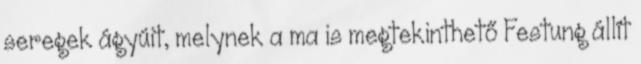
seregek ágyúit, melynek a ma is megtekinthető Festung állít